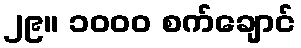
၂၉။ ၁၀၀၀ စက်ချောင်